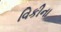
વિકીના